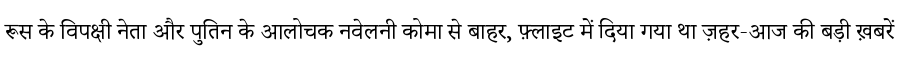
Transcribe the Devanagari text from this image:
रूस के विपक्षी नेता और पुतिन के आलोचक नवेलनी कोमा से बाहर, फ़्लाइट में दिया गया था ज़हर-आज की बड़ी ख़बरें